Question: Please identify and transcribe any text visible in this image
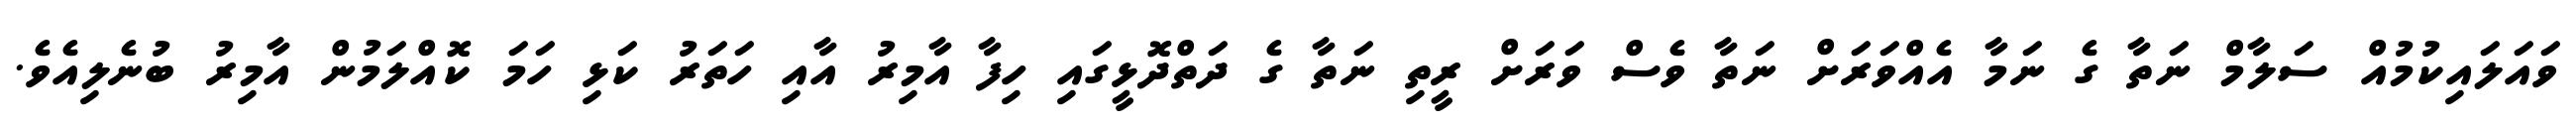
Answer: ވައަލައިކުމުއް ސަލާމް ނަތާ ގެ ނަމާ އެއްވަރަށް ނަތާ ވެސް ވަރަށް ރީތި ނަތާ ގެ ދަތްދޮޅީގައި ހިފާ އާމިރު އާއި ހަތަރު ކަޅި ހަމަ ކޮއްލަމުން އާމިރު ބުނެލިއެވެ.